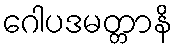
ဂေါပဒမတ္တာနိ